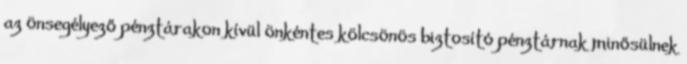
az önsegélyező pénztárakon kívül önkéntes kölcsönös biztosító pénztárnak minősülnek